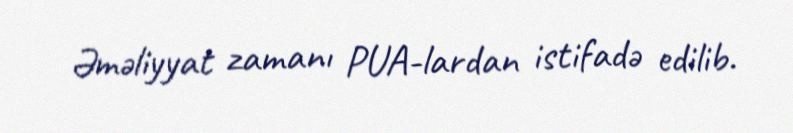
Əməliyyat zamanı PUA-lardan istifadə edilib.